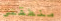
منطقتي